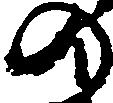
の